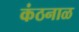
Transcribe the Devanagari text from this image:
कंठनाळ